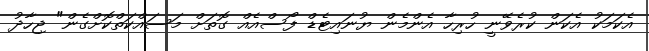
އެކަމަކު އެކަން ކުރެވޭނީ ހުރިހާ އެންމެން ޔުނައިޓެޑް ފޯސްއެއް ގޮތަށް މަސައްކަތްކޮށްގެން" ޖިހާދު